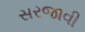
સરજાવી